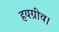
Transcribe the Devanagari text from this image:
हयग्रीव।